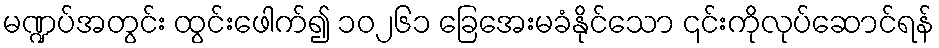
မဏ္ဍပ်အတွင်း ထွင်းဖေါက်၍ ၁၀၂၆၁ ခြေအေးမခံနိုင်သော ၎င်းကိုလုပ်ဆောင်ရန်